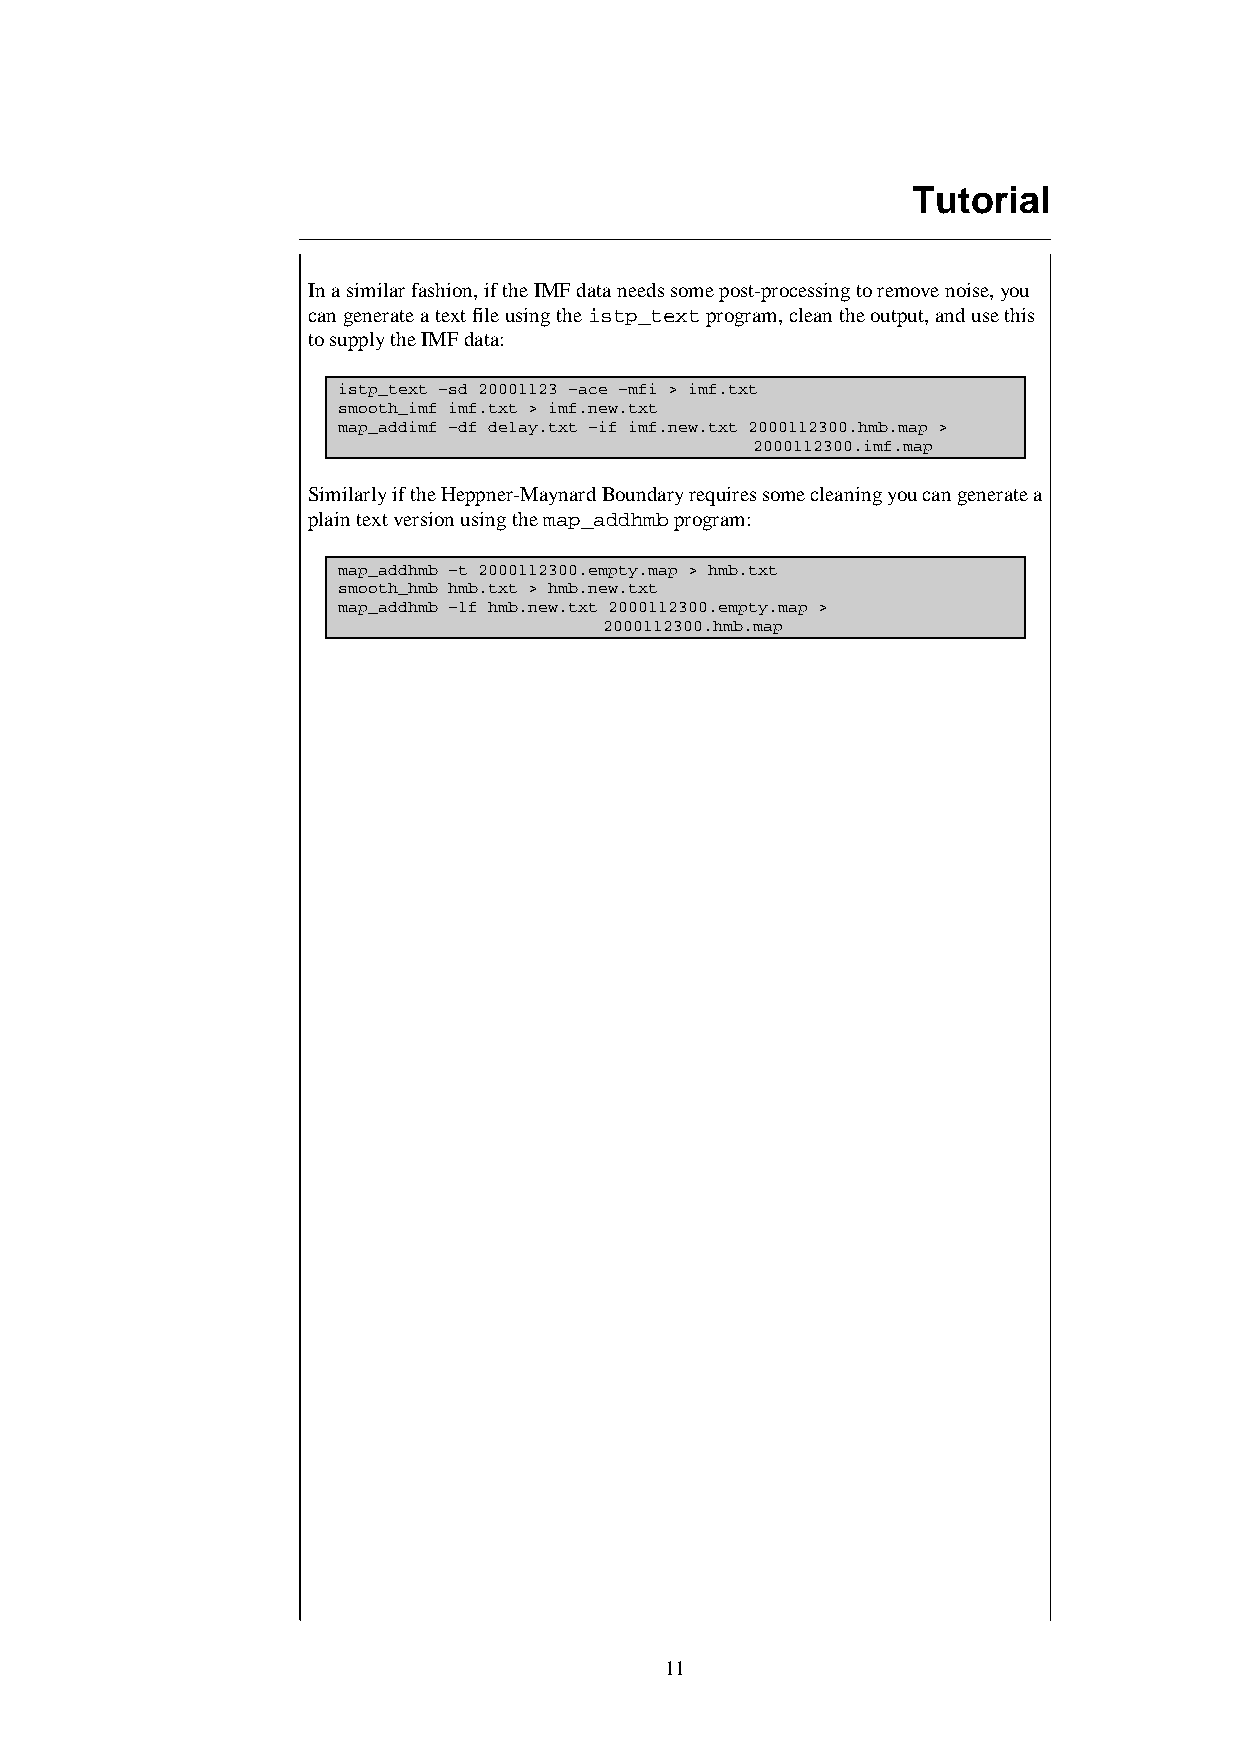
Tutorial
 In a similar fashion, if the IMF data needs some post-processing to remove noise, you
 can generate a text file using the istp_text program, clean the output, and use this
 to supply the IMF data:
 istp_text –sd 20001123 –ace –mfi > imf.txt
 smooth_imf imf.txt > imf.new.txt
 map_addimf –df delay.txt –if imf.new.txt 2000112300.hmb.map >
 2000112300.imf.map
 Similarly if the Heppner-Maynard Boundary requires some cleaning you can generate a
 plain text version using the map_addhmb program:
 map_addhmb –t 2000112300.empty.map > hmb.txt
 smooth_hmb hmb.txt > hmb.new.txt
 map_addhmb –lf hmb.new.txt 2000112300.empty.map >
 2000112300.hmb.map
 11